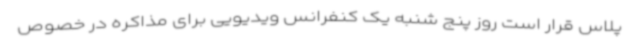
پلاس قرار است روز پنج شنبه یک کنفرانس ویدیویی برای مذاکره در خصوص